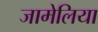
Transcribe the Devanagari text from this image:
जामेलिया